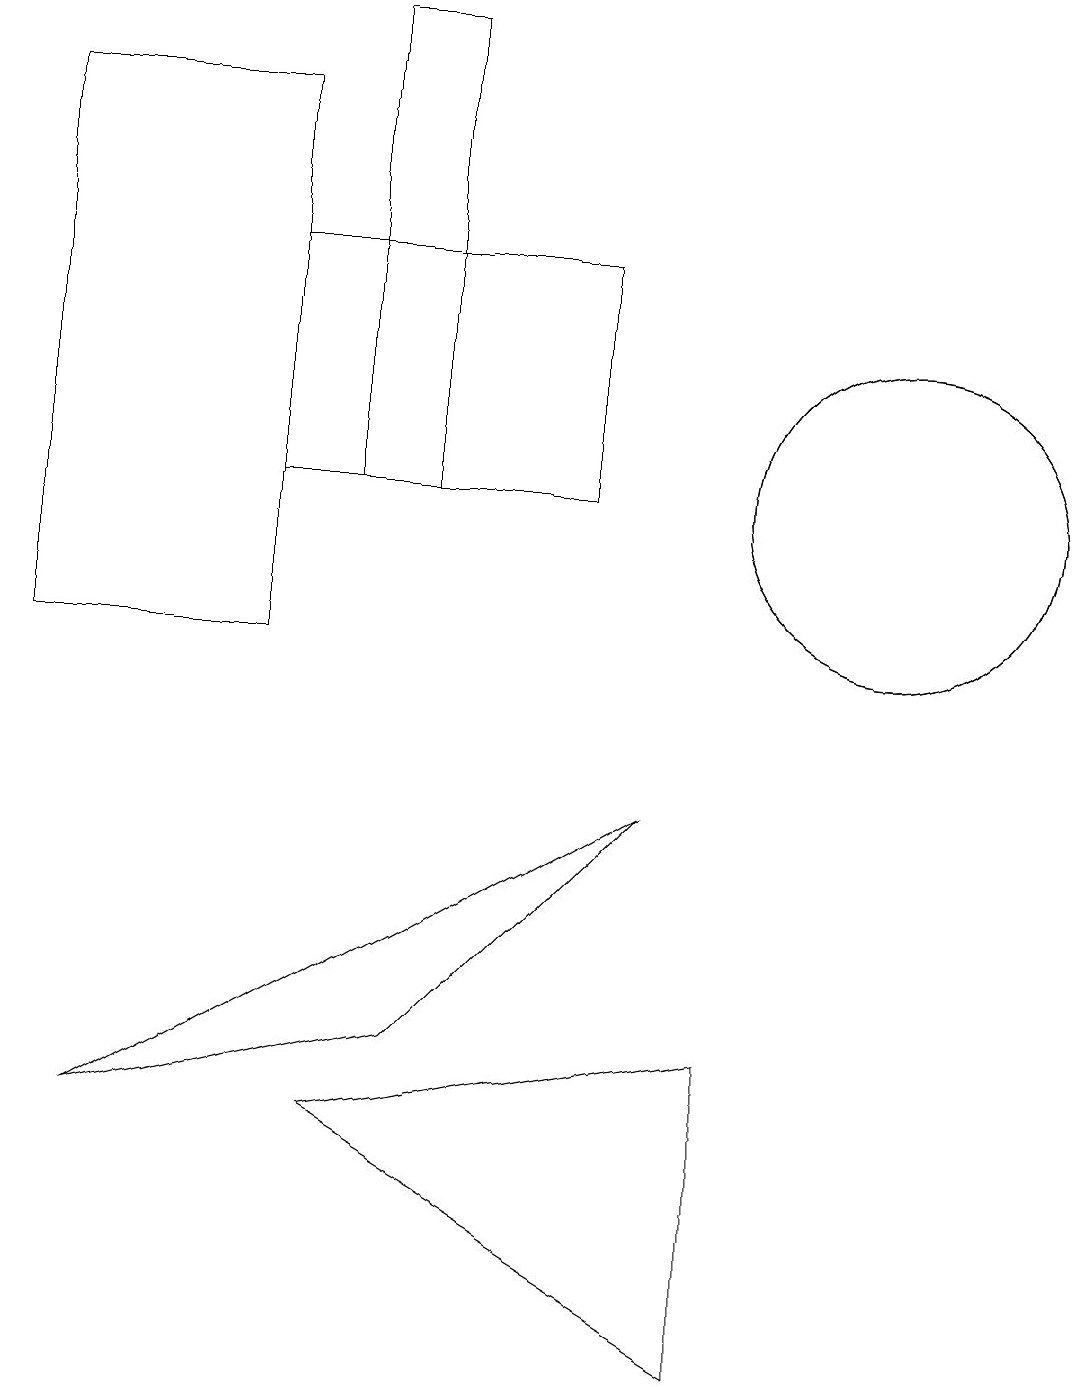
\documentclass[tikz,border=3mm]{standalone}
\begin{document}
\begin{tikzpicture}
\draw (3,17) rectangle (0,10);
\draw (7,12) rectangle (3,15);
\draw (11,12) circle (2);
\draw (4,12) rectangle (5,18);
\draw (8,8) -- (1,4) -- (5,5) -- cycle;
\draw (9,5) -- (4,4) -- (9,1) -- cycle;
\draw (11,12) circle (2);
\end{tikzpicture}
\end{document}